Indian Civil Veterinary Department memoirs
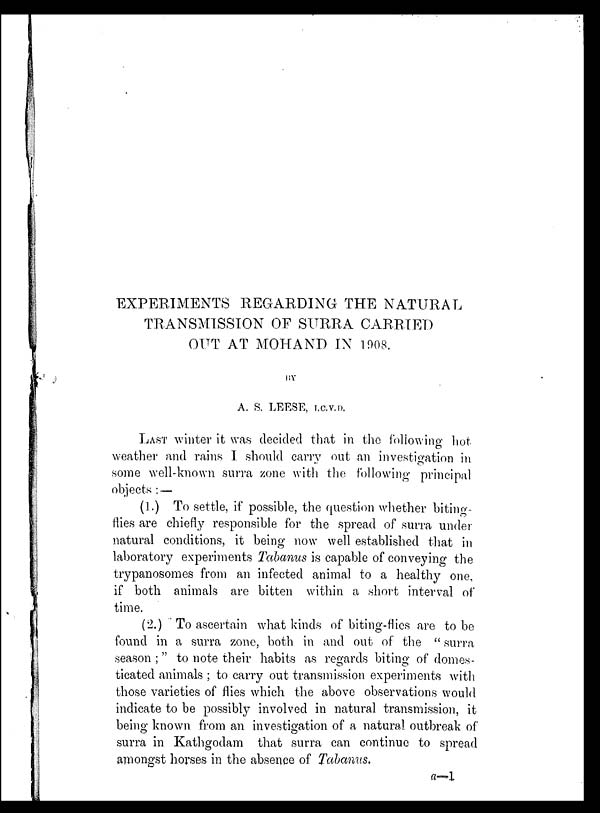
EXPERIMENTS REGARDING THE NATURAL
TRANSMISSION OF SURRA CARRIED
OUT AT MOHAND IN 1908.
BY
A. S. LEESE, I.C.V.D.
LAST winter it was decided that in the following hot
weather and rains I should carry out an investigation in
some well-known surra zone with the following principal
objects:—
(1.) To settle, if possible, the question whether biting-
flies are chiefly responsible for the spread of surra under
natural conditions, it being now well established that in
laboratory experiments Tabanus is capable of conveying the
trypanosomes from an infected animal to a healthy one,
if both animals are bitten within a short interval of
time.
(2.) To ascertain what kinds of biting-flies are to be
found in a surra zone, both in and out of the "surra
season;" to note their habits as regards biting of domes-
ticated animals; to carry out transmission experiments with
those varieties of flies which the above observations would
indicate to be possibly involved in natural transmission, it
being known from an investigation of a natural outbreak of
surra in Kathgodam that surra can continue to spread
amongst horses in the absence of Tabanus.
a-1